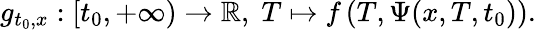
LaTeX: g_{t_{0},x}:[t_{0},+\infty)\to\mathbb{R},\; T\mapsto f\left(T,\Psi(x,T,t_{0})\right).